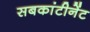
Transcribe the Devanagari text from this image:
सबकांटीनेंट